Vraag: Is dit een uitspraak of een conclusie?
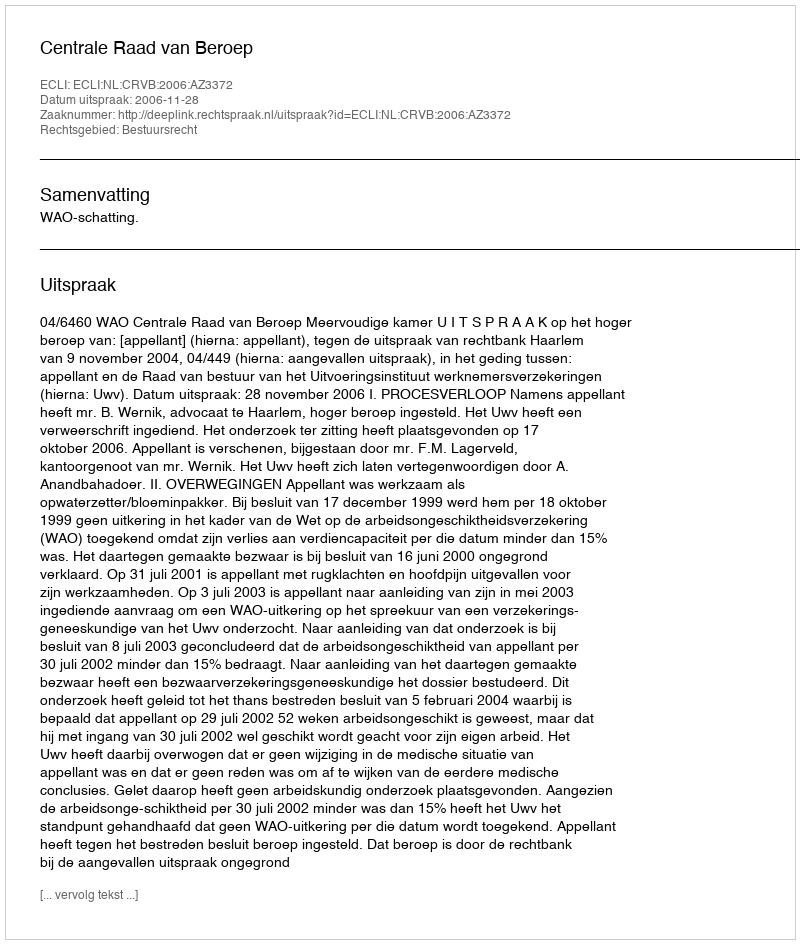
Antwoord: Uitspraak